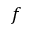
f